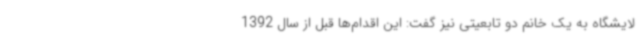
لایشگاه به یک خانم دو تابعیتی نیز گفت: این اقدام‌ها قبل از سال 1392